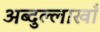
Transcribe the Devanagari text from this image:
अब्दुल्लाखाँ